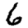
Digit: 6